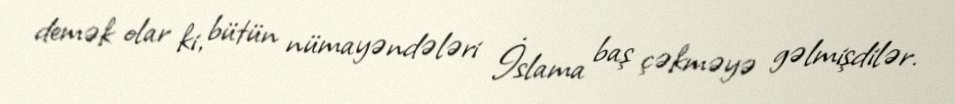
demək olar ki, bütün nümayəndələri İslama baş çəkməyə gəlmişdilər.